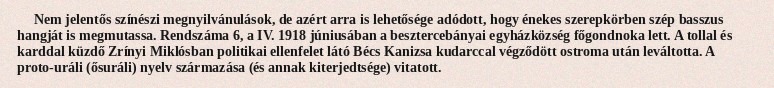
Nem jelentős színészi megnyilvánulások, de azért arra is lehetősége adódott, hogy énekes szerepkörben szép basszus hangját is megmutassa. Rendszáma 6, a IV. 1918 júniusában a besztercebányai egyházközség főgondnoka lett. A tollal és karddal küzdő Zrínyi Miklósban politikai ellenfelet látó Bécs Kanizsa kudarccal végződött ostroma után leváltotta. A proto-uráli (ősuráli) nyelv származása (és annak kiterjedtsége) vitatott.